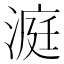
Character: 𪶹